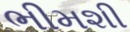
ભીમશી